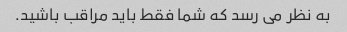
به نظر می رسد که شما فقط باید مراقب باشید.